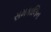
સમકાલિન